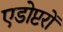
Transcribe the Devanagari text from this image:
एडोप्टरों